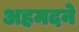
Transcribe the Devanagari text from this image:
अहमदने